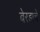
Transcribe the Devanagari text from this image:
बेरडाचे